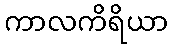
ကာလကိရိယာ